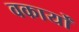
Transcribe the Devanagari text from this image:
वकार्यों